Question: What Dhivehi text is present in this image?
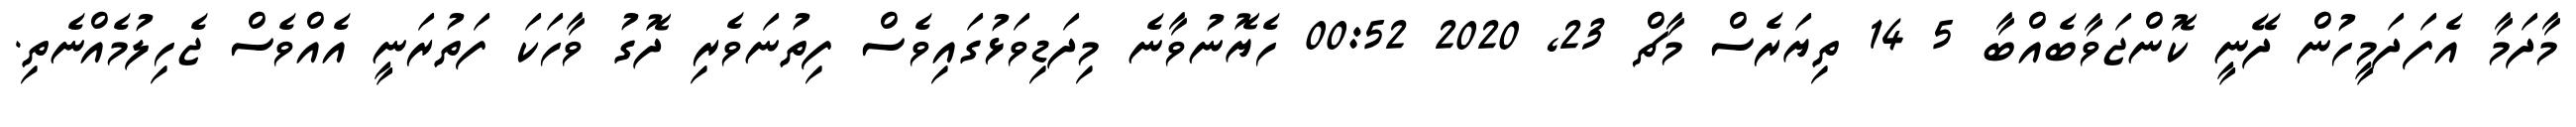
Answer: މާދަމާ އެފަދަމީހުން ދޭނީ ކޮންޖަވާބެއްބާ 5 14 ތިޔަރެސް މާޗް 23, 2020 00:52 ހެޔޮނުވާނެ މިދަޑިވަޅުގައިވެސް ފިތުނަވެރި ދޮގު ވާހަކަ ފަތުރަނީ އެއްވެސް ޖެހިލުމެއްނެތި.